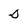
Character: 0